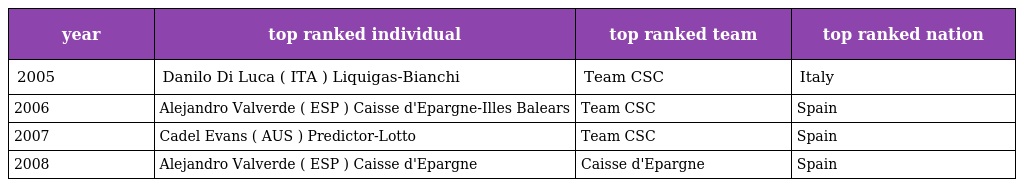
| year | top ranked individual | top ranked team | top ranked nation |
 | --- | --- | --- | --- |
 | 2005 | Danilo Di Luca ( ITA ) Liquigas-Bianchi | Team CSC | Italy |
 | 2006 | Alejandro Valverde ( ESP ) Caisse d'Epargne-Illes Balears | Team CSC | Spain |
 | 2007 | Cadel Evans ( AUS ) Predictor-Lotto | Team CSC | Spain |
 | 2008 | Alejandro Valverde ( ESP ) Caisse d'Epargne | Caisse d'Epargne | Spain |